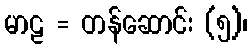
မာဠ = တန်ဆောင်း (၅)၊